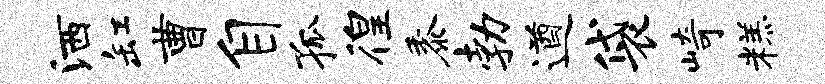
洒缸曹自孤徨黍勃遒袋崎糕